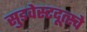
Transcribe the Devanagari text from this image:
सुडवेस्टदूत्स्चे